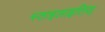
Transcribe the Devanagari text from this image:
स्ताइलाइतिस्